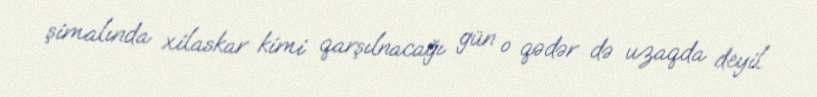
şimalında xilaskar kimi qarşılnacağı gün o qədər də uzaqda deyil.